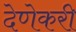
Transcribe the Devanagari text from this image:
देणेकरी